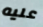
عليه